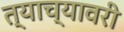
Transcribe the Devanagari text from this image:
त्याच्यावरी